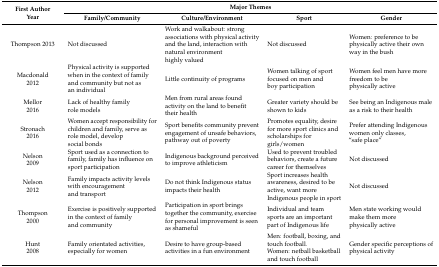
| <ROWSPAN=2> First AuthorYear | <COLSPAN=4> Major Themes |
 | Family/Community | Culture/Environment | Sport | Gender |
 | --- | --- | --- | --- | --- |
 | Thompson 2013 | Not discussed | Work and walkabout: strong associations with physical activity and the land, interaction with natural environment highly valued | Not discussed | Women: preference to be physically active their own way in the bush |
 | Macdonald2012 | Physical activity is supported when in the context of family and community but not as an individual | Little continuity of programs | Women talking of sport focused on men and boy participation | Women feel men have more freedom to be physically active |
 | Mellor2016 | Lack of healthy family role models | Men from rural areas found activity on the land to benefit their health | Greater variety should be shown to kids | See being an Indigenous male as a risk to their health |
 | Stronach2016 | Women accept responsibility for children and family, serve as role model, develop social bonds | Sport benefits community prevent engagement of unsafe behaviors, pathway out of poverty | Promotes equality, desire for more sport clinics and scholarships for girls/women | Prefer attending Indigenous women only classes, “safe place” |
 | Nelson2009 | Sport used as a connection to family, family has influence on sport participation | Indigenous background perceived to improve athleticism | Used to prevent troubled behaviors, create a future career for themselves | Not discussed |
 | Nelson2012 | Family impacts activity levels with encouragement and transport | Do not think Indigenous status impacts their health | Sport increases health awareness, desired to be active, want more Indigenous people in sport | Not discussed |
 | Thompson2000 | Exercise is positively supported in the context of family and community | Participation in sport brings together the community, exercise for personal improvement is seen as shameful | Individual and team sports are an important part of Indigenous life | Men state working would make them more physically active |
 | Hunt2008 | Family orientated activities, especially for women | Desire to have group-based activities in a fun environment | Men: football, boxing, and touch football.Women: netball basketball and touch football | Gender specific perceptions of physical activity |